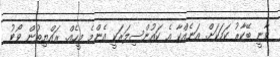
ވާނީ ބޭކާރު ކަމަކަށް. އަނެއްކާ އެ ކައުންސިލަރަކީ އެންމެ މީހެއް. ރައްޔިތުން ވޯޓު